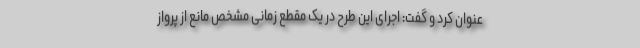
عنوان کرد و گفت: اجرای این طرح در یک مقطع زمانی مشخص مانع از پرواز